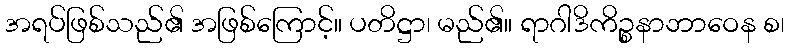
အရပ်ဖြစ်သည်၏ အဖြစ်ကြောင့်။ ပတိဋ္ဌာ၊ မည်၏။ ရာဂါဒိကိဉ္စနာဘာဝေန စ၊